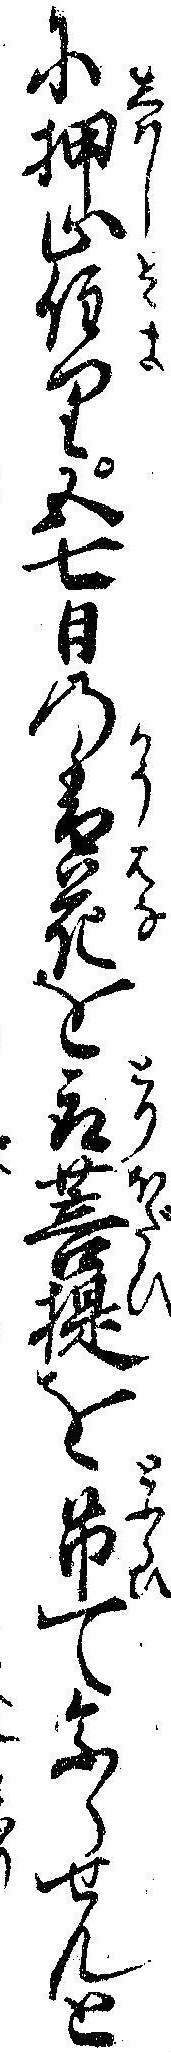
に押止住り五七日の香花を取菩提を吊て参らせんと